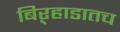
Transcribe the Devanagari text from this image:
बिऱ्हाडातच